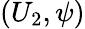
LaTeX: (U_{2},\psi)